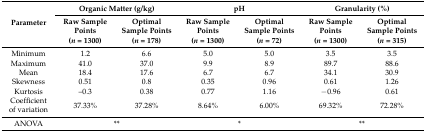
| <ROWSPAN=2> Parameter | <COLSPAN=2> Organic Matter (g/kg) | <COLSPAN=2> pH | <COLSPAN=2> Granularity (%) |
 | Raw Sample Points (n = 1300) | Optimal Sample Points (n = 178) | Raw Sample Points (n = 1300) | Optimal Sample Points (n = 72) | Raw Sample Points (n = 1300) | Optimal Sample Points (n = 315) |
 | --- | --- | --- | --- | --- | --- | --- |
 | Minimum | 1.2 | 6.6 | 5.0 | 5.0 | 3.5 | 3.5 |
 | Maximum | 41.0 | 37.0 | 9.9 | 8.9 | 89.7 | 88.6 |
 | Mean | 18.4 | 17.6 | 6.7 | 6.7 | 34.1 | 30.9 |
 | Skewness | 0.51 | 0.8 | 0.35 | 0.96 | 0.61 | 1.26 |
 | Kurtosis | –0.3 | 0.38 | 0.77 | 1.16 | −0.96 | 0.61 |
 | Coefficient of variation | 37.33% | 37.28% | 8.64% | 6.00% | 69.32% | 72.28% |
 | ANOVA | <COLSPAN=2> ** | <COLSPAN=2> * | <COLSPAN=2> ** |